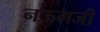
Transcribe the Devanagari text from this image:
नऊगजी